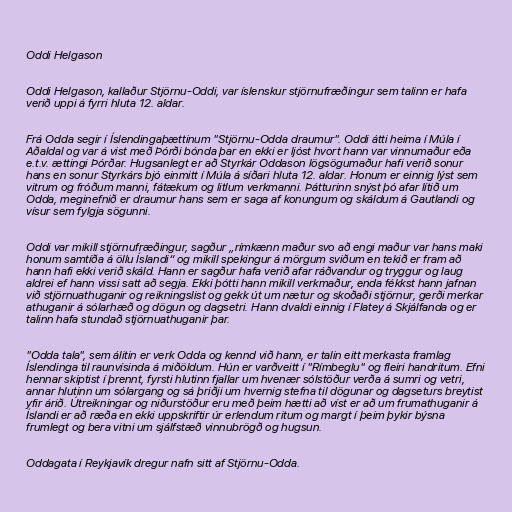
Oddi Helgason

Oddi Helgason, kallaður Stjörnu-Oddi, var íslenskur stjörnufræðingur sem talinn er hafa
verið uppi á fyrri hluta 12. aldar.

Frá Odda segir í Íslendingaþættinum "Stjörnu-Odda draumur". Oddi átti heima í Múla í
Aðaldal og var á vist með Þórði bónda þar en ekki er ljóst hvort hann var vinnumaður eða
e.t.v. ættingi Þórðar. Hugsanlegt er að Styrkár Oddason lögsögumaður hafi verið sonur
hans en sonur Styrkárs bjó einmitt í Múla á síðari hluta 12. aldar. Honum er einnig lýst sem
vitrum og fróðum manni, fátækum og litlum verkmanni. Þátturinn snýst þó afar lítið um
Odda, meginefnið er draumur hans sem er saga af konungum og skáldum á Gautlandi og
vísur sem fylgja sögunni.

Oddi var mikill stjörnufræðingur, sagður „rímkænn maður svo að engi maður var hans maki
honum samtíða á öllu Íslandi“ og mikill spekingur á mörgum sviðum en tekið er fram að
hann hafi ekki verið skáld. Hann er sagður hafa verið afar ráðvandur og tryggur og laug
aldrei ef hann vissi satt að segja. Ekki þótti hann mikill verkmaður, enda fékkst hann jafnan
við stjörnuathuganir og reikningslist og gekk út um nætur og skoðaði stjörnur, gerði merkar
athuganir á sólarhæð og dögun og dagsetri. Hann dvaldi einnig í Flatey á Skjálfanda og er
talinn hafa stundað stjörnuathuganir þar.

"Odda tala", sem álitin er verk Odda og kennd við hann, er talin eitt merkasta framlag
Íslendinga til raunvísinda á miðöldum. Hún er varðveitt í "Rímbeglu" og fleiri handritum. Efni
hennar skiptist í þrennt, fyrsti hlutinn fjallar um hvenær sólstöður verða á sumri og vetri,
annar hlutinn um sólargang og sá þriðji um hvernig stefna til dögunar og dagseturs breytist
yfir árið. Útreikningar og niðurstöður eru með þeim hætti að víst er að um frumathuganir á
Íslandi er að ræða en ekki uppskriftir úr erlendum ritum og margt í þeim þykir býsna
frumlegt og bera vitni um sjálfstæð vinnubrögð og hugsun.

Oddagata í Reykjavík dregur nafn sitt af Stjörnu-Odda.